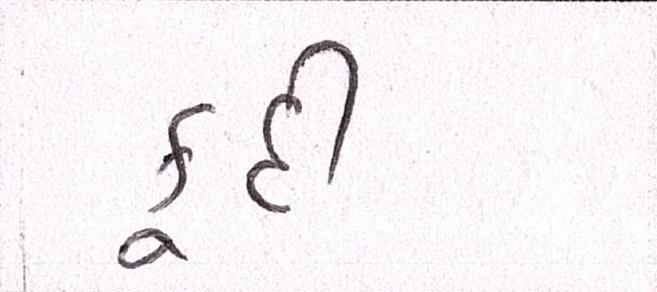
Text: કૂદી